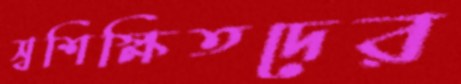
স্বশিক্ষিতদের